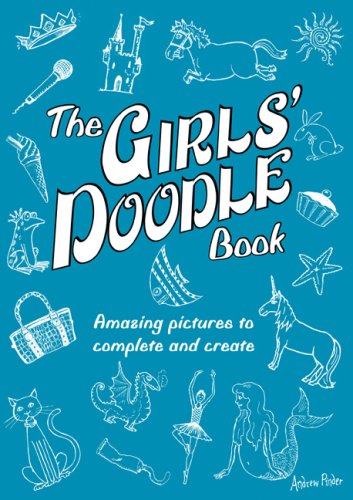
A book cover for The Girls' Doodle Book: Amazing Pictures to Complete and Create; Children's Books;